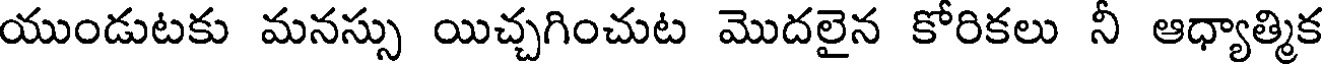
యుండుటకు మనస్సు యిచ్చగించుట మొదలైన కోరికలు నీ ఆధ్యాత్మిక